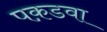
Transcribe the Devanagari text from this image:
पक़डवा